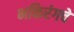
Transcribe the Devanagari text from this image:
भक्तिरंगचे